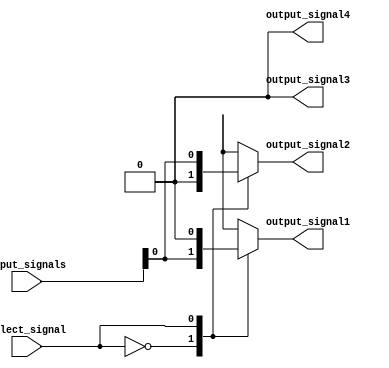
module demultiplexer(
  input [1:0] input_signals,
  input select_signal,
  output reg output_signal1,
  output reg output_signal2,
  output reg output_signal3,
  output reg output_signal4
);

always @(*) begin
  case (select_signal)
    2'b00: begin
      output_signal1 = input_signals[0];
      output_signal2 = 1'b0;
      output_signal3 = 1'b0;
      output_signal4 = 1'b0;
    end
    2'b01: begin
      output_signal1 = 1'b0;
      output_signal2 = input_signals[0];
      output_signal3 = 1'b0;
      output_signal4 = 1'b0;
    end
    2'b10: begin
      output_signal1 = 1'b0;
      output_signal2 = 1'b0;
      output_signal3 = input_signals[1];
      output_signal4 = 1'b0;
    end
    2'b11: begin
      output_signal1 = 1'b0;
      output_signal2 = 1'b0;
      output_signal3 = 1'b0;
      output_signal4 = input_signals[1];
    end
  endcase
end

endmodule